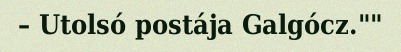
– Utolsó postája Galgócz.""